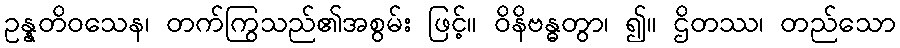
ဥန္နတိဝသေန၊ တက်ကြွသည်၏အစွမ်း ဖြင့်။ ဝိနိဗန္ဓတွာ၊ ၍။ ဌိတဿ၊ တည်သော